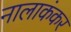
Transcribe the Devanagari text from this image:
नालाकंकर